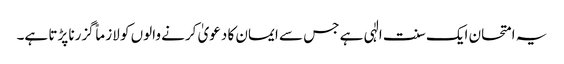
یہ امتحان ایک سنت الٰہی ہے جس سے ایمان کا دعویٰ کرنے والوں کو لازماً گزرنا پڑتا ہے۔